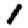
Digit: 1